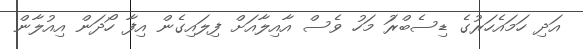
އަދި ހަމައެހަރުގެ ޑިސެބްރަު މަހު ވެސް އާއިލާއަށް ފިލައިގެން އިފާ ހޯދަން އިއުލާން